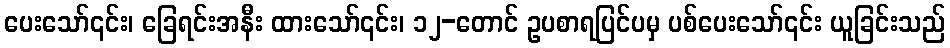
ပေးသော်၎င်း၊ ခြေရင်းအနီး ထားသော်၎င်း၊ ၁၂-တောင် ဥပစာရပြင်ပမှ ပစ်ပေးသော်၎င်း ယူခြင်းသည်